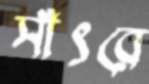
সাঁৎরে